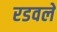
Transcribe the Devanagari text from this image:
रडवले